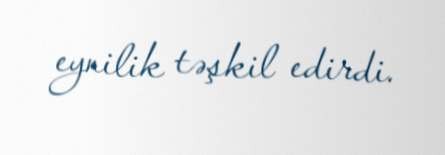
eynilik təşkil edirdi.